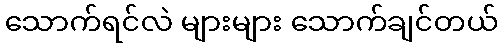
သောက်ရင်လဲ များများ သောက်ချင်တယ်